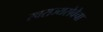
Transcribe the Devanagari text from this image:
स्वराज्यसेवेचा